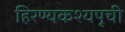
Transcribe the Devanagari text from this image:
हिरण्यकश्यपूची